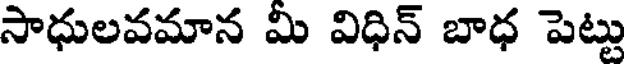
సాధులవమాన మి విధిన్ బాధ పెట్టు